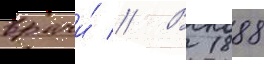
врачи́ // В 1888